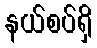
နယ်စပ်ရှိ